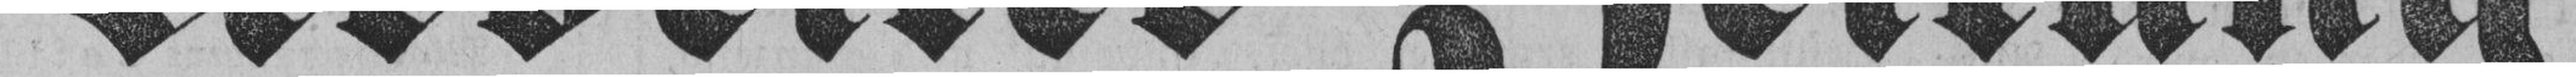
Arbeiter=Zeitung